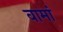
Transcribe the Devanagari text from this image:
वामां